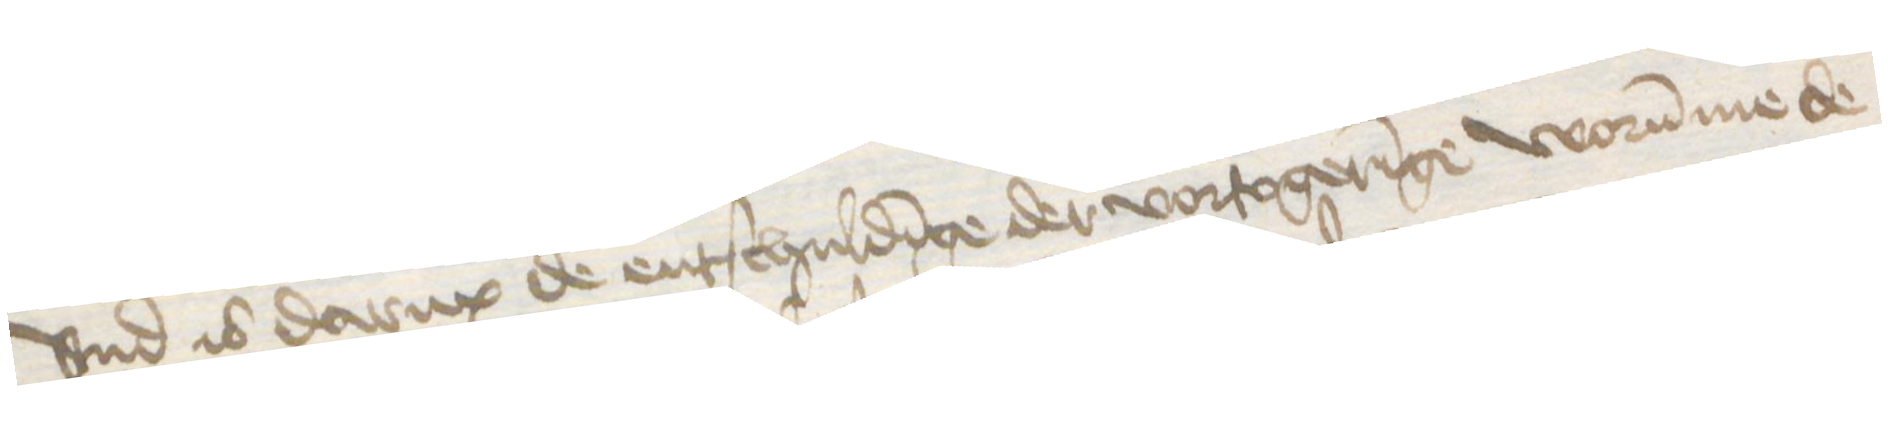
vnd is darup de entschuldinge der vortogeringe worumme de